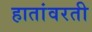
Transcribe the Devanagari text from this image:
हातांवरती